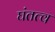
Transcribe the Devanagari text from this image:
घंतत्व